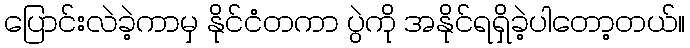
ပြောင်းလဲခဲ့ကာမှ နိုင်ငံတကာ ပွဲကို အနိုင်ရရှိခဲ့ပါတော့တယ်။